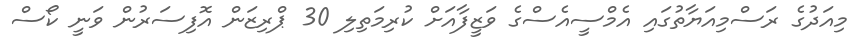
މިއަދުގެ ރަސްމިއަޔާތުގައި އެމްސީއެސްގެ ވަޒީފާއަށް ކުރިމަތިލި 30 ޕްރިޒަން އޮފިސަރުން ވަނީ ކޯސް